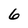
Character: 6